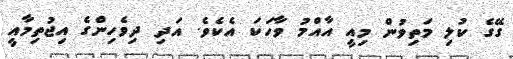
ގޭގެ ކުލި މަތިވުން މިއީ އާއްމު ވާހަކަ އެކެވެ. އަދި ދިވެހިންގެ އިޖުތިމާއީ